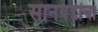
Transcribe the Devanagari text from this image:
सानगडीचा